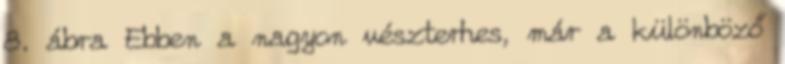
8. ábra Ebben a nagyon vészterhes, már a különböző